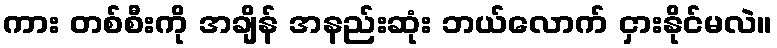
ကား တစ်စီးကို အချိန် အနည်းဆုံး ဘယ်လောက် ငှားနိုင်မလဲ။